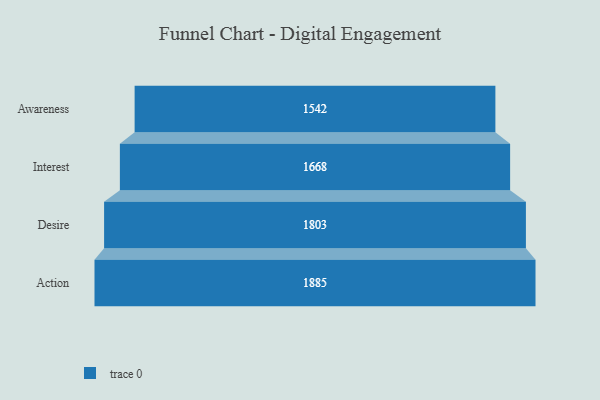
{"axis": {"x": "Stage", "y": "Value"}, "legend": [""], "data": [{"x": "Awareness", "y": 1542.0, "type": ""}, {"x": "Interest", "y": 1668.0, "type": ""}, {"x": "Desire", "y": 1803.0, "type": ""}, {"x": "Action", "y": 1885.0, "type": ""}]}